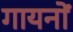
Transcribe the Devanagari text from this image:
गायनों